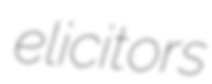
elicitors